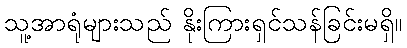
သူ့အာရုံများသည် နိုးကြားရှင်သန်ခြင်းမရှိ။